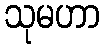
သုမဟာ